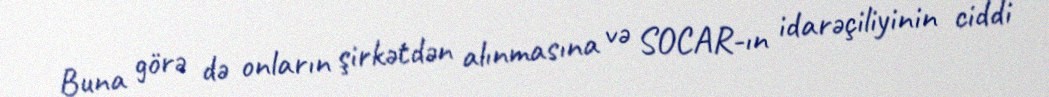
Buna görə də onların şirkətdən alınmasına və SOCAR-ın idarəçiliyinin ciddi